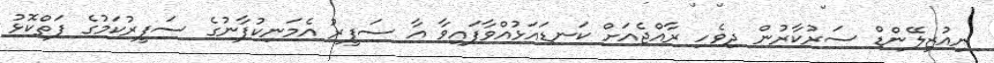
ނިއުޒިލޭންޑް ސަރުކާރުން ދިވެހި ރާއްޖެއަށް ކަނޑައަޅުއްވާފައިވާ އާ ސަފީރު އެމަނިކުފާނުގެ ސަފީރުކަމުގެ ފަތްކޮޅު